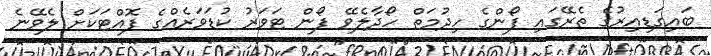
ބައިގަޑިއިރުގެ ތެރޭގައި ފޯންގެ ހިދުމަތް ހޯދާލެވޭ ފޯން ޓަވަރު ކުޑަވަރެއްގެ ފޮއްޓަކަށް ލެވޭނެ